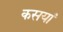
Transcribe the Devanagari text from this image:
कसयां